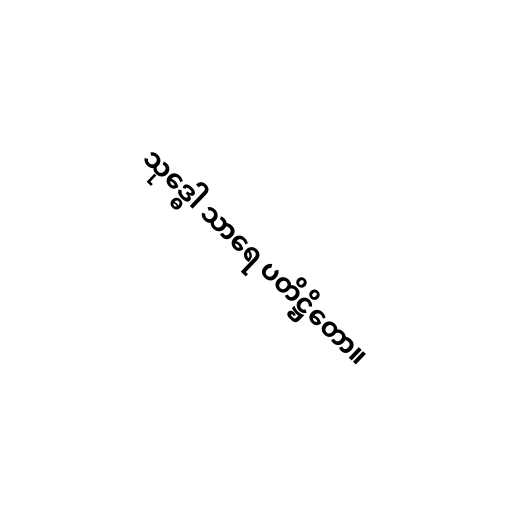
သုဒ္ဓေါ သာရေ ပတိဋ္ဌိတော။